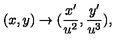
( x , y ) \rightarrow ( \frac { x ^ { \prime } } { u ^ { 2 } } , \frac { y ^ { \prime } } { u ^ { 3 } } ) ,